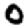
Digit: 0